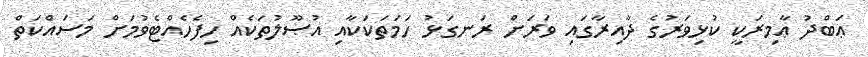
ޢަބްދު ޢާމިރަކީ ކުޅިވަރުގެ ދާއިރާގައި ވަރަށް ރަނގަޅު ހަމަތަކަކާއި އުޞޫލުތަކެއް ހިފެހެއްޓެވުމަށް މަސައްކަތް